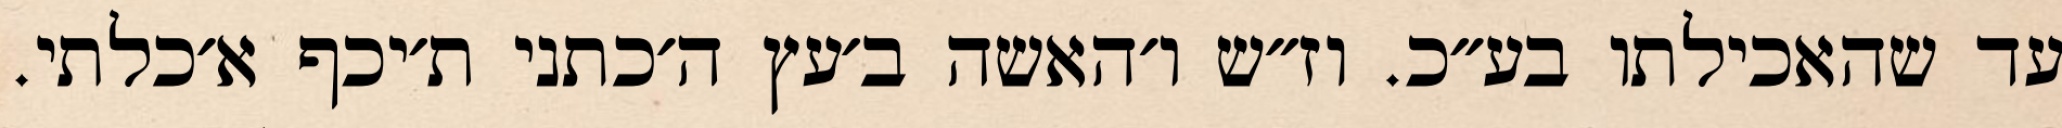
עד שהאכילתו בע״כ. וז״ש ו׳האשה ב׳עץ ה׳כתני ת׳יכף א׳כלתי.